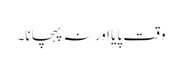
وقت پایا اور نہ پہچانا۔